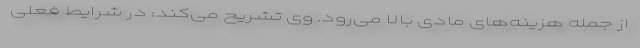
از جمله هزینه‌های مادی بالا می‌رود. وی تشریح می‌کند: در شرایط فعلی